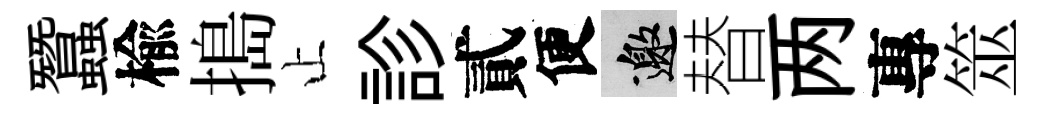
蠶楡搗止診貳便邀替两專筮